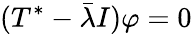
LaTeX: (T^{*}-{\bar{\lambda}}I)\varphi=0